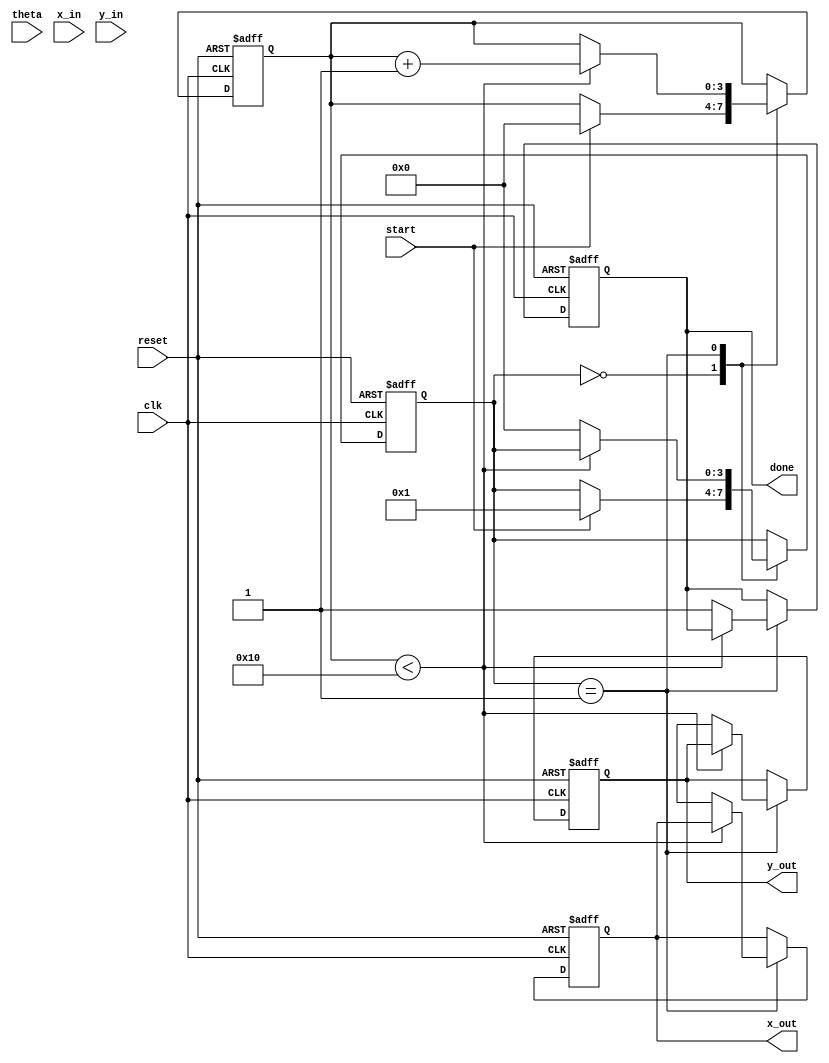
module cordic (
    input wire clk,
    input wire reset,
    input wire start,
    input wire [15:0] theta,        // Angle input in fixed-point representation
    input wire signed [15:0] x_in,  // X input vector
    input wire signed [15:0] y_in,  // Y input vector
    output reg signed [15:0] x_out,  // Resultant X after rotation
    output reg signed [15:0] y_out,  // Resultant Y after rotation
    output reg done                 // Computation done signal
);

    // CORDIC parameters
    parameter N = 16;               // Number of iterations
    reg signed [15:0] x [0:N-1];    // X vector storage for each iteration
    reg signed [15:0] y [0:N-1];    // Y vector storage for each iteration
    reg [15:0] angle [0:N-1];       // Predefined angles for CORDIC
    reg [3:0] state;                // FSM state
    reg [3:0] count;                // Iteration counter

    // Initialize angles (arctan(2^-i) for i=0 to N-1)
    initial begin
        angle[0] = 16'h1C71; // atan(2^0) in fixed-point
        angle[1] = 16'h0D89; // atan(2^-1)
        angle[2] = 16'h05D8; // atan(2^-2)
        angle[3] = 16'h02C4; // atan(2^-3)
        angle[4] = 16'h0142; // atan(2^-4)
        angle[5] = 16'h00A8; // atan(2^-5)
        angle[6] = 16'h0052; // atan(2^-6)
        angle[7] = 16'h0029; // atan(2^-7)
        angle[8] = 16'h0014; // atan(2^-8)
        angle[9] = 16'h000A; // atan(2^-9)
        angle[10] = 16'h0005; // atan(2^-10)
        angle[11] = 16'h0002; // atan(2^-11)
        angle[12] = 16'h0001; // atan(2^-12)
        angle[13] = 16'h0001; // atan(2^-13)
        angle[14] = 16'h0000; // atan(2^-14)
        angle[15] = 16'h0000; // atan(2^-15)
    end

    // FSM for controlling CORDIC iterations
    always @(posedge clk or posedge reset) begin
        if (reset) begin
            state <= 0;
            count <= 0;
            done <= 0;
            x_out <= 0;
            y_out <= 0;
        end else begin
            case (state)
                0: begin
                    if (start) begin
                        x[0] <= x_in;
                        y[0] <= y_in;
                        count <= 0;
                        state <= 1;
                    end
                end
                1: begin
                    if (count < N) begin
                        // Perform CORDIC rotation
                        if (y[count] < 0) begin
                            x[count + 1] <= x[count] + (y[count] >>> count);
                            y[count + 1] <= y[count] + (x[count] >>> count);
                        end else begin
                            x[count + 1] <= x[count] - (y[count] >>> count);
                            y[count + 1] <= y[count] - (x[count] >>> count);
                        end
                        count <= count + 1;
                    end else begin
                        x_out <= x[N];
                        y_out <= y[N];
                        done <= 1;
                        state <= 0; // Go back to idle state
                    end
                end
            endcase
        end
    end

endmodule